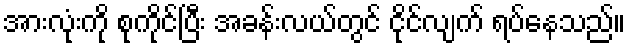
အားလုံးကို စုကိုင်ပြီး အခန်းလယ်တွင် ငိုင်လျက် ရပ်နေသည်။